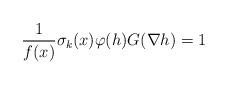
LaTeX: \begin{align*} \frac{1}{f(x)}\sigma_{k}(x)\varphi(h)G(\nabla h)=1\end{align*}